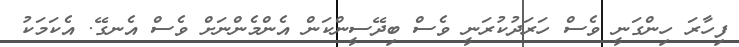
ފިހާރަ ހިންގަނީ ވެސް ހަރަދުކުރަނީ ވެސް ބިދޭސީންކަން އެންމެންނަށް ވެސް އެނގޭ. އެކަމަކު